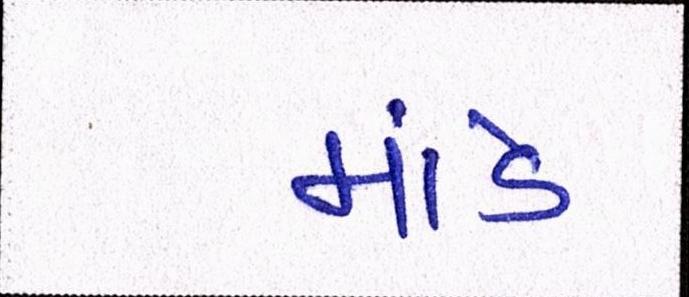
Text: માંડે